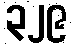
၃၂၉